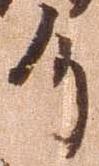
了